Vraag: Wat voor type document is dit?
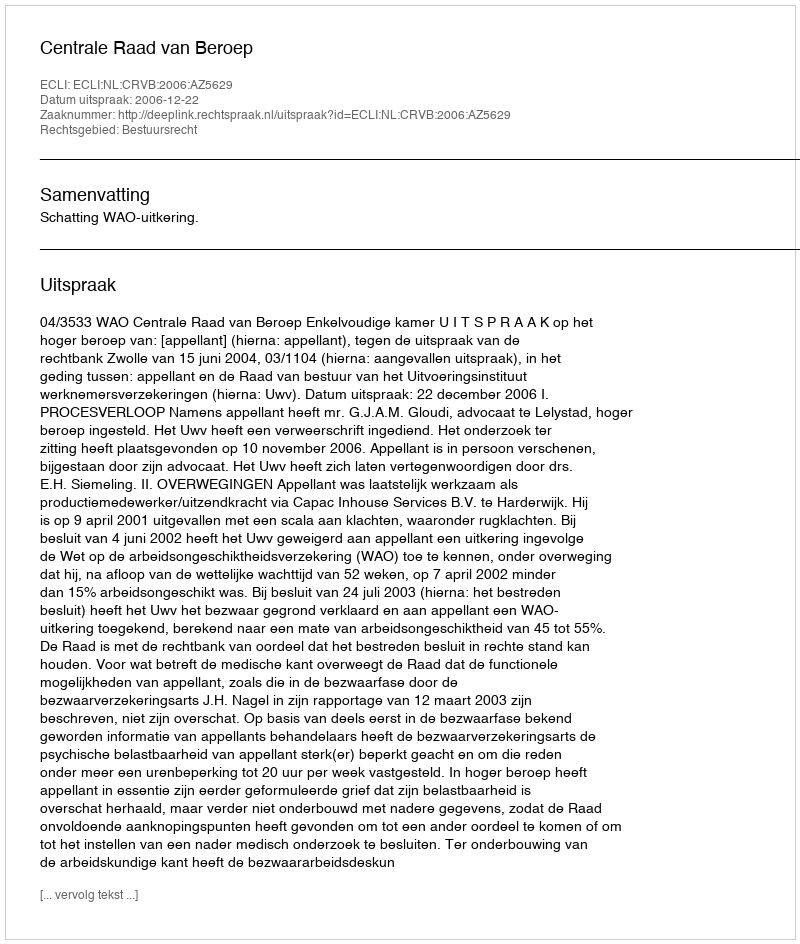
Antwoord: Uitspraak